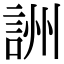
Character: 詶